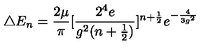
\triangle E _ { n } = \frac { 2 \mu } { \pi } [ \frac { 2 ^ { 4 } e } { g ^ { 2 } ( n + \frac { 1 } { 2 } ) } ] ^ { n + \frac { 1 } { 2 } } e ^ { - \frac { 4 } { 3 g ^ { 2 } } }